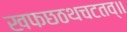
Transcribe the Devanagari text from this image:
खफछठथचटतव्॥